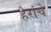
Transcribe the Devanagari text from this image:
हेरांचे